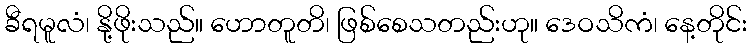
ခီရမူလံ၊ နို့ဖိုးသည်။ ဟောတူတိ၊ ဖြစ်စေသတည်းဟု။ ဒေဝသိကံ၊ နေ့တိုင်း